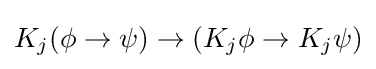
K_{j}(\phi \rightarrow \psi )\rightarrow (K_{j}\phi \rightarrow K_{j}\psi )